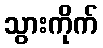
သွားကိုက်